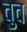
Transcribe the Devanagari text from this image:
वुव